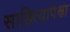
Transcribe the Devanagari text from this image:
साहित्यापेक्षा